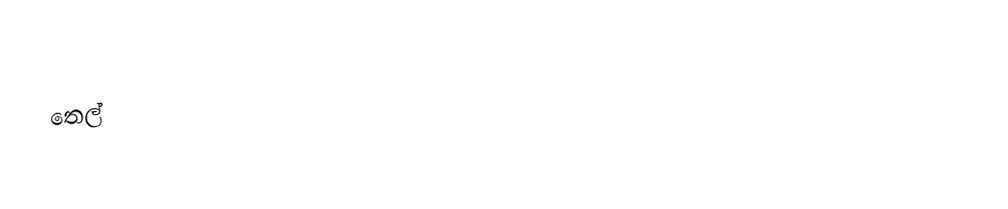
තෙල්